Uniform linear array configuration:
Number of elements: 64
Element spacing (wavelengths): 1
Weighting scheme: exponential
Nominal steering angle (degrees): -30
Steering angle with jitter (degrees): -29.715
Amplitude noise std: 0.05
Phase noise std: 0.05

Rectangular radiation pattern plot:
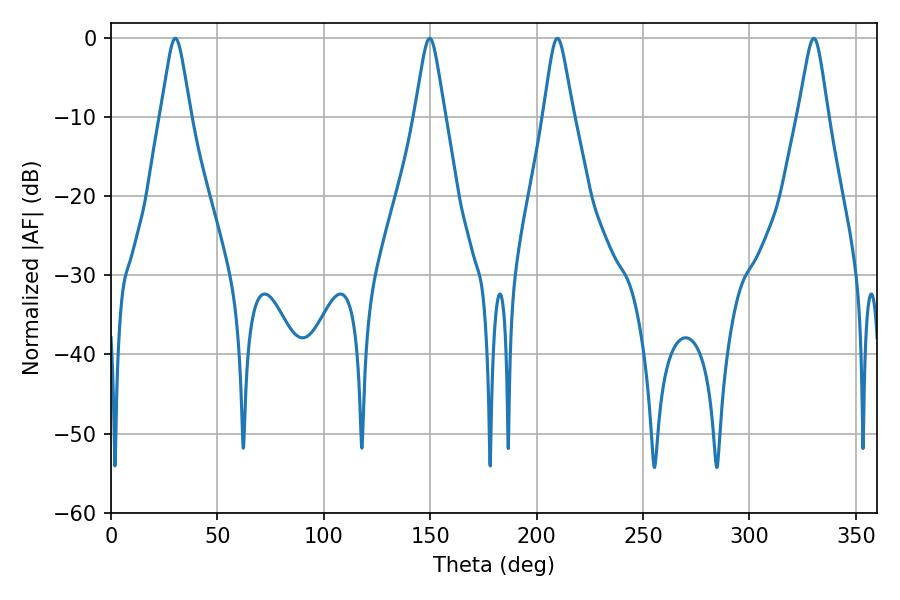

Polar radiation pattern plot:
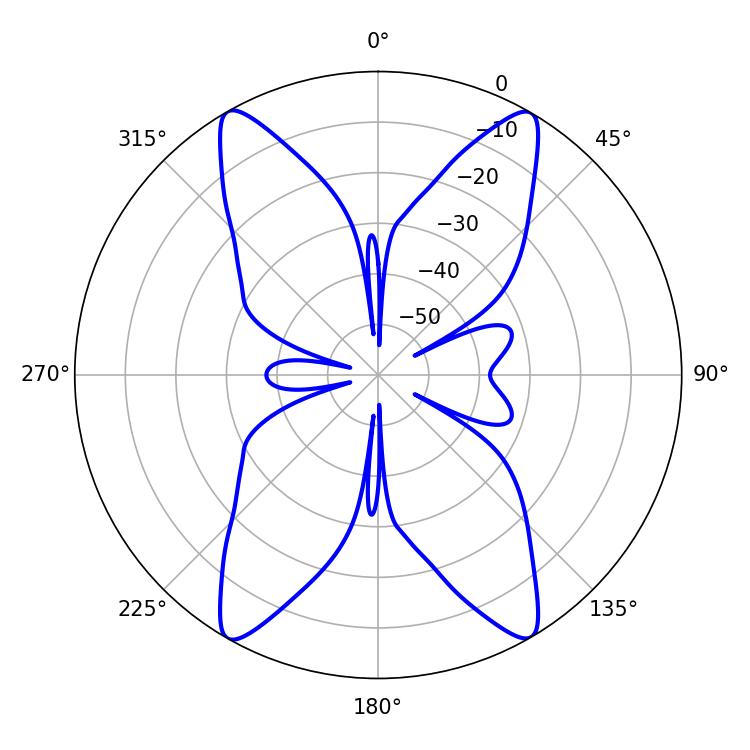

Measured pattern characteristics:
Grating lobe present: TRUE
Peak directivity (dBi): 31.495
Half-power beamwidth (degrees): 6.66
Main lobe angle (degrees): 149.76